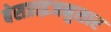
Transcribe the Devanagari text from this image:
बेसप्राइजनुसार